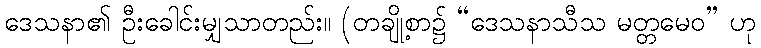
ဒေသနာ၏ ဦးခေါင်းမျှသာတည်း။ (တချို့စာ၌ “ဒေသနာသီသ မတ္တမေဝ” ဟု